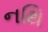
નથિ